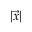
| \Vec { x } |